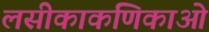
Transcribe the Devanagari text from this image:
लसीकाकणिकाओं